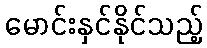
မောင်းနှင်နိုင်သည့်